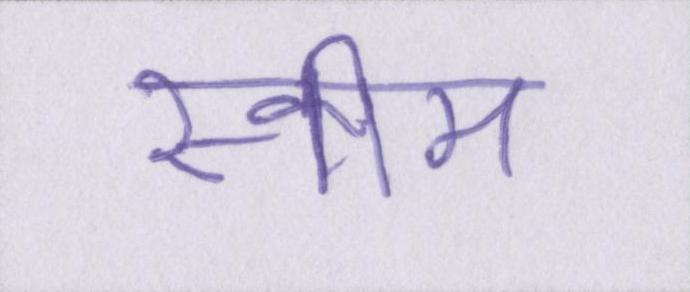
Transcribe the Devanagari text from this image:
स्कीम